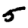
Digit: 5